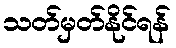
သတ်မှတ်နိုင်ရန်